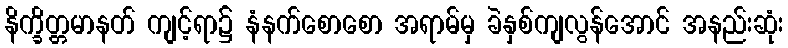
နိက္ခိတ္တမာနတ် ကျင့်ရာ၌ နံနက်စောစော အရာမ်မှ ခဲနှစ်ကျလွန်အောင် အနည်းဆုံး